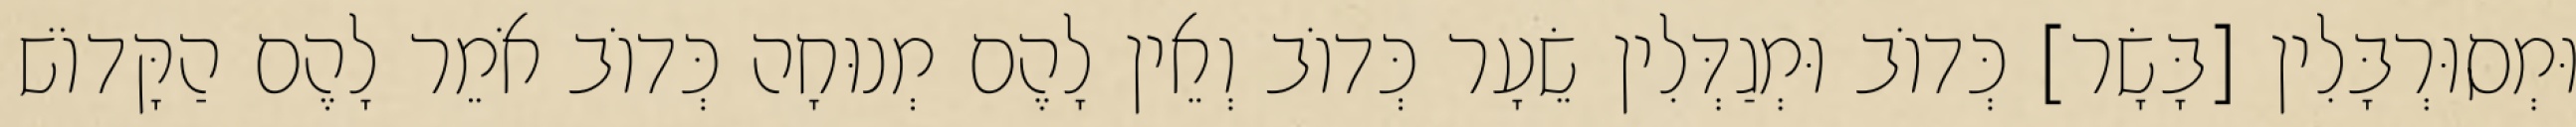
וּמְסוּרְבָּלִין [בָּשָׂר] כְּדוֹב וּמְגַדְּלִין שֵׂעָר כְּדוֹב וְאֵין לָהֶם מְנוּחָה כְּדוֹב אֹמֵר לָהֶם הַקָּדוֹשׁ